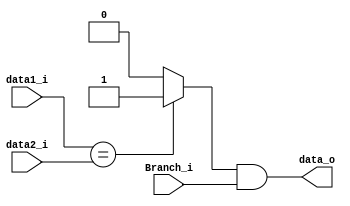
module If_Branch
(
    data1_i,
    data2_i,
    Branch_i,
    data_o
);

input   signed  [31:0]  data1_i;
input   signed  [31:0]  data2_i;
input                   Branch_i;
output                  data_o;

reg                     data_o;
reg                     compare;

always @(*) begin
    if (data1_i == data2_i)
        compare <= 1'b1;
    else
        compare <= 1'b0;

    data_o <= compare & Branch_i;
end

endmodule